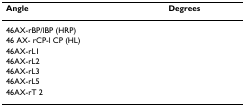
| Angle | Degrees |
 | --- | --- |
 | 46AX-rBP/lBP (HRP) |  |
 | 46 AX- rCP-l CP (HL) |  |
 | 46AX-rL1 |  |
 | 46AX-rL2 |  |
 | 46AX-rL3 |  |
 | 46AX-rL5 |  |
 | 46AX-rT 2 |  |